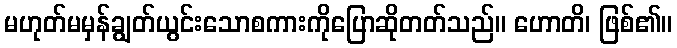
မဟုတ်မမှန်ချွတ်ယွင်းသောစကားကိုပြောဆိုတတ်သည်။ ဟောတိ၊ ဖြစ်၏။